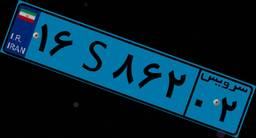
۱۶S۸۶۲۰۲